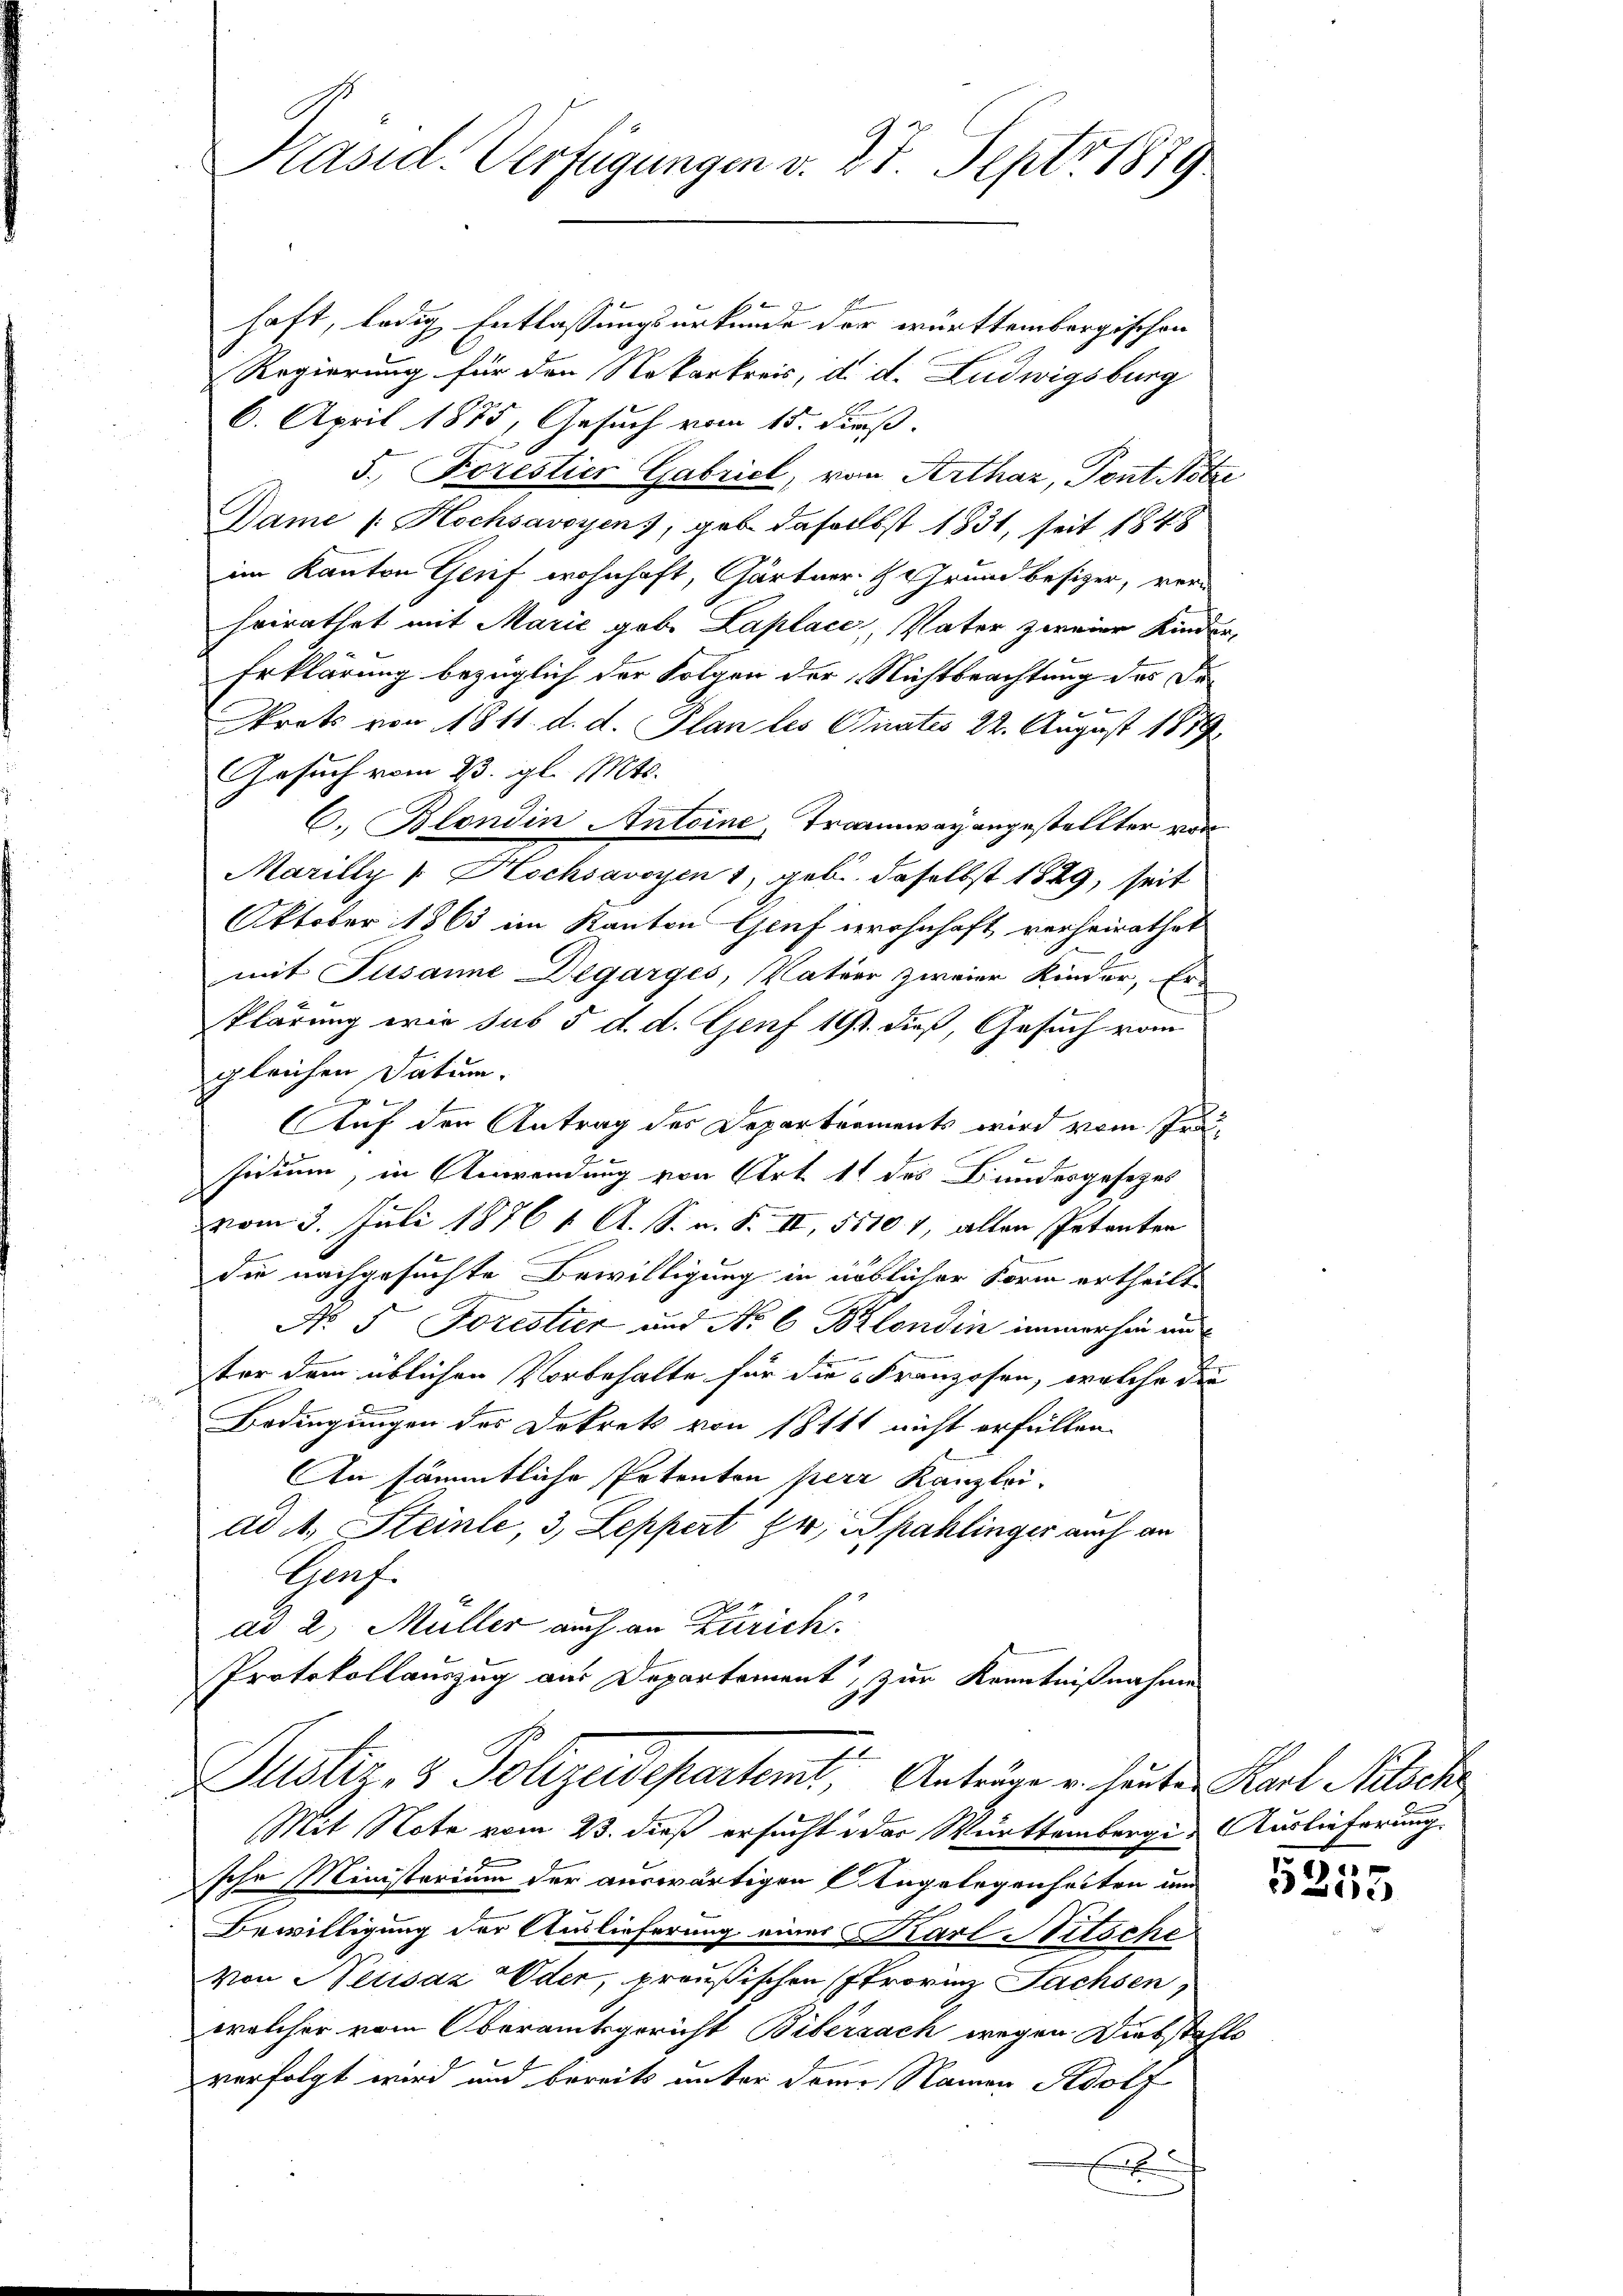
Präsid. Verfügungen v. 27. Sept. 1889

ad 2. Müller auch an Zürich.
Protokollauszug aus Departement, zur Kenntnißnahme

Justiz- & Polizeidepartemt Anträge u. heute Karl Milch

Mit Note vom 23. dieß ersucht der Württembergis Auslieferung
sche Ministerium der auswärtigen Angelegenheiten und
Bewilligung der Auslieferung eines Karl Ritsche
Von Neusaz Oder, preußischen (trovinz Sachsen,
welcher vom Oberamtsgericht Biberzach wegen Diebstahls
verfolgt wird und bereits unter dener Namen Adolf
x

haft, ledig Entlassungsurkunde der württembergischen
Regierung für den Nekarkreis, d. d. Ludwigsburg
6. April 1875, Gesuch vom 15. Fuß.
5. Forestier Gabriel, von Arthaz, Pont Notze
Dame /: Hochsavoyen, gab daselbst 1831, seit 1848
im Kanton Genf wohnhaft, Gärtner- & Grund besizer, verheirathet mit Marie geb. Laplace, Vater zweier Kinder,
Erklärung bezüglich der Folgen der Nichtbeachtung des De¬
Srats von 1811. d. d. Plan les Quates 22. August 1879
Gesuch vom 23. gl. Mts.
C. Blondin Antoine, Tramway angestellter von
Marilly [ Hochsavoyen 1, geb. daselbst 1829, seit
Oktober 1863 im Kanton Genf wohnhaft verheirathet
mit Susanne Degarges, Nation zweier Kinder, Er
klärung wie sub 5 d. d. Genf 13. dieß, Gesuch vom
gleichen Datum.
B
Auf den Antrag des Departements wird vom Prä¬
.
ssidium, in Anwendung von Art. 11 des Bundesgesetzes
vom 3. Juli 1876 1. A. S. v. F. II, 55101, allen Petenten
die nachgesuchte Bewilligung in üblicher Form ertheilt.
No 5. Forester und No 6 Blondin immerhin au
ter dem üblichen Vorbehalte für die 5 Franzosen, welche der
Bedingungen des Dekrets von 1811 nicht erfüllen.
An sämmtliche Petenten perr Kanzlei-
ad 1, Steinle, 3, Leppert Hr. Spahlinger auch an
Grf.

5255